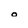
Character: o